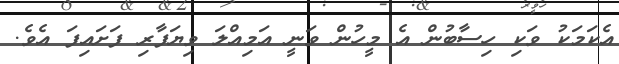
އެކަމަކު ވަކި ހިސާބުން އެ މީހުން ވަނީ އަމިއްލަ ވިޔަފާރި ފަށައިފަ އެވެ.